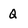
Character: Q